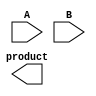
module BoothMultiplier(
    input [7:0] A,
    input [7:0] B,
    output reg [15:0] product
);

reg [15:0] partial_product;
reg [15:0] product_reg;

always @(*)
begin
    // Partial Product Generation
    if(B[0] == 1)
        partial_product = {8'b0, A};
    else
        partial_product = {8'b0, -A};

    // Booth Encoder
    case({B[7], B[6], B[5]})
        3'b000: product_reg = product_reg;
        3'b001: product_reg = product_reg + (partial_product << 1);
        3'b010: product_reg = product_reg + (partial_product << 2);
        3'b011: product_reg = product_reg + (partial_product << 3);
        3'b100: product_reg = product_reg + (partial_product >> 1);
        3'b101: product_reg = product_reg + (partial_product >> 2);
        3'b110: product_reg = product_reg + (partial_product >> 3);
    endcase
end

endmodule